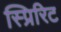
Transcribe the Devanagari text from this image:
स्प्रिरिट